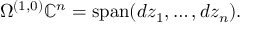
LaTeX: \Omega ^ { ( 1 , 0 ) } \mathbb { C } ^ { n } = \operatorname { s p a n } ( d z _ { 1 } , \dots , d z _ { n } ) .